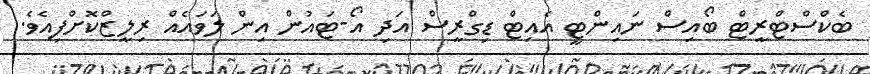
ބެކްސްޓްރީޓް ބޯއިސް ނައިންޓީ އެއިޓް ޑިގްރީސް އަދި އޯ-ޓައުން އިން ލަވައެއް ރިލީޒްކޮށްފިއެވެ.